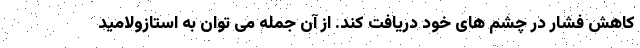
کاهش فشار در چشم های خود دریافت کند. از آن جمله می توان به استازولامید